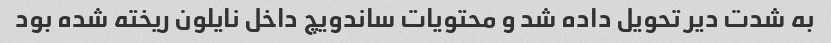
به شدت دیر تحویل داده شد و محتویات ساندویچ داخل نایلون ریخته شده بود